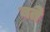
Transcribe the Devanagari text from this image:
बते